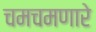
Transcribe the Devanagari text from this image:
चमचमणारे